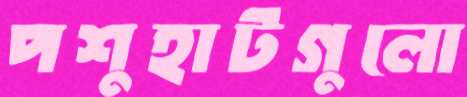
পশুহাটগুলো